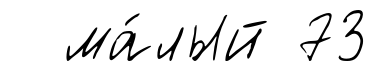
ма́лый 73